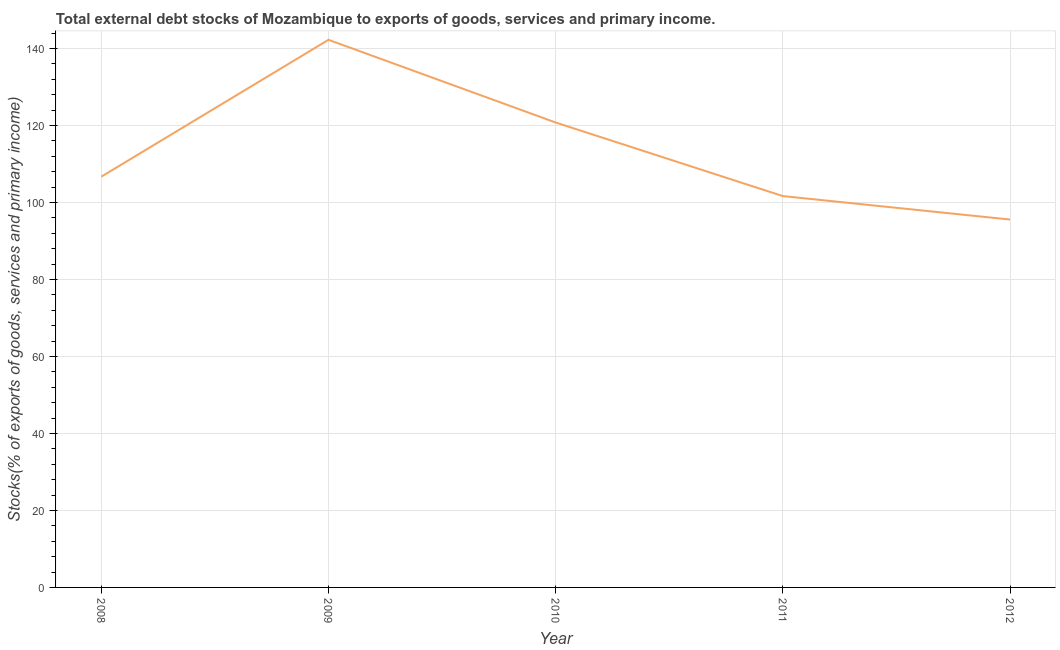
| Year | External debt stocks (% of exports of goods |
 | --- | --- |
 | 2008 | 107 |
 | 2009 | 142 |
 | 2010 | 121 |
 | 2011 | 102 |
 | 2012 | 95.6 |